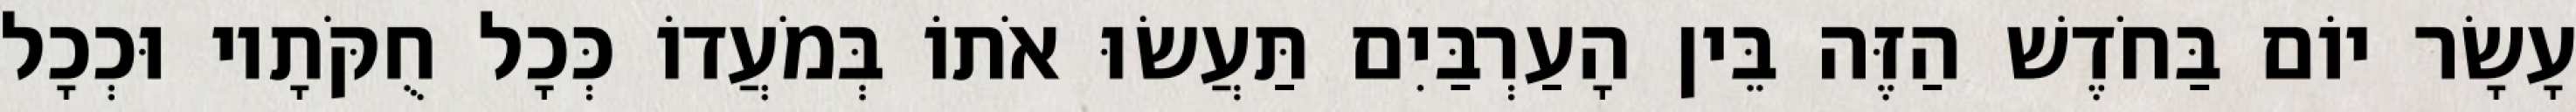
עָשָׂר יוֹם בַּחֹדֶשׁ הַזֶּה בֵּין הָעַרְבַּיִם תַּעֲשׂוּ אֹתוֹ בְּמֹעֲדוֹ כְּכָל חֻקֹּתָיו וּכְכָל